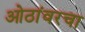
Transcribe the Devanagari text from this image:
ओठांवरचा